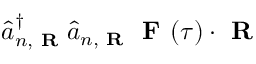
\hat { a } _ { n , \textbf { R } } ^ { \dagger } \hat { a } _ { n , \textbf { R } } \textbf { F } ( \tau ) \cdot \textbf { R }